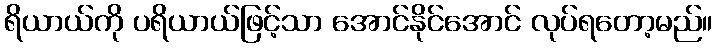
ရိယာယ်ကို ပရိယာယ်ဖြင့်သာ အောင်နိုင်အောင် လုပ်ရတော့မည်။